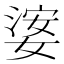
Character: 𡟖